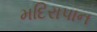
મદિરાપાન